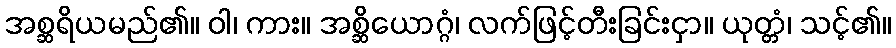
အစ္ဆရိယမည်၏။ ဝါ၊ ကား။ အစ္ဆိယောဂ္ဂံ၊ လက်ဖြင့်တီးခြင်းငှာ။ ယုတ္တံ၊ သင့်၏။